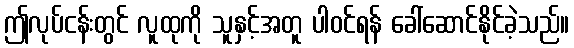
ဤလုပ်ငန်းတွင် လူထုကို သူနှင့်အတူ ပါဝင်ရန် ခေါ်ဆောင်နိုင်ခဲ့သည်။